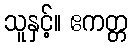
သူနှင့်။ ဧကတ္တ